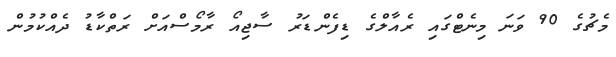
މެޗުގެ 90 ވަނަ މިނެޓްގައި ރެއާލްގެ ޑިފެންޑަރު ސާޖިއޯ ރާމޯސްއަށް ރަތްކާޑު ދެއްކުމުން